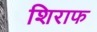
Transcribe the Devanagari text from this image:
शिराफ